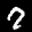
Label: 7